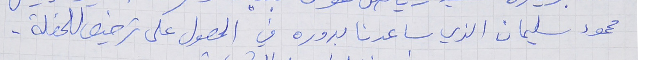
محمود سليمان الذي ساعدنا بدوره في الحصول على ترخيص للحفلة.